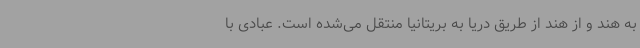
به هند و از هند از طریق دریا به بریتانیا منتقل می‌شده است. عبادی با